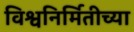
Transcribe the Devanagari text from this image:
विश्वनिर्मितीच्या